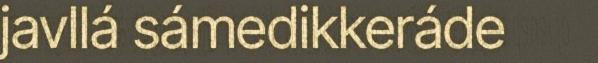
javllá sámedikkeráde